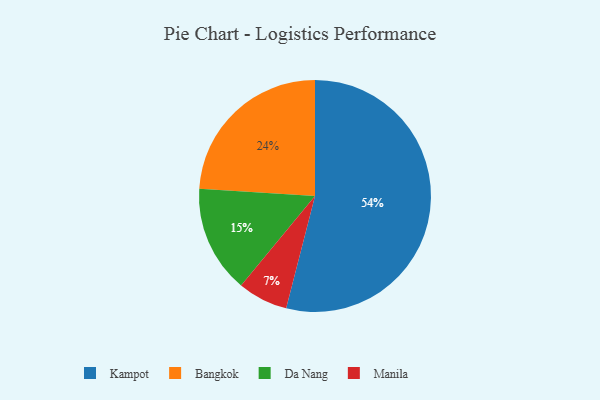
{"axis": {"x": "Category", "y": "Percentage"}, "legend": ["Bangkok", "Da Nang", "Kampot", "Manila"], "data": [{"x": "Manila", "y": 7, "type": "Manila"}, {"x": "Da Nang", "y": 15, "type": "Da Nang"}, {"x": "Bangkok", "y": 24, "type": "Bangkok"}, {"x": "Kampot", "y": 54, "type": "Kampot"}]}